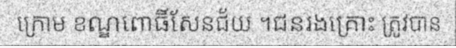
ក្រោម ខណ្ឌពោធិ៍សែនជ័យ ។ជនរងគ្រោះ ត្រូវបាន